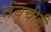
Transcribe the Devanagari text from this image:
तंबूचीही